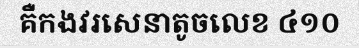
គឺកងវរសេនាតូចលេខ ៤១០